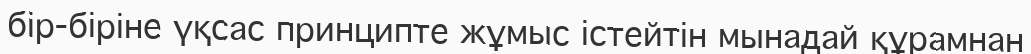
бір-біріне үқсас принципте жұмыс істейтін мынадай құрамнан